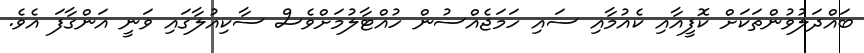
ބައްދަލުވުންތަކަށް ކޮފީއާއި ކެއުމާއި ސައި ހަމަޖެއްސުން ހުއްޓާލުމަށްވެސް ސާކިއުލާގައި ވަނީ އަންގާފަ އެވެ.